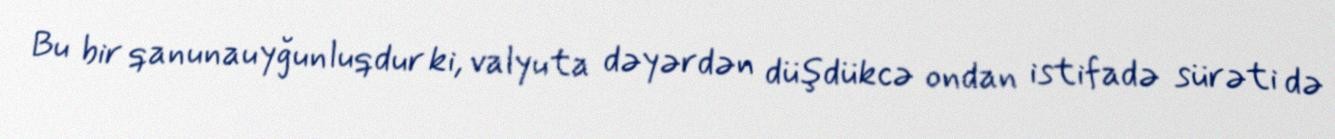
Bu bir qanunauyğunluqdur ki, valyuta dəyərdən düşdükcə ondan istifadə sürəti də